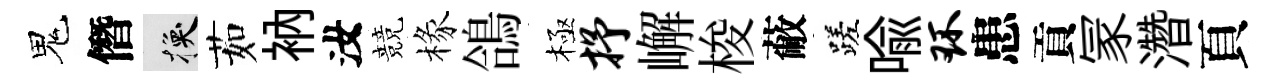
鬼僭换茹衲汝競椽鴿極抒嶰梭蔽蹉喻环患貢冡濳頁